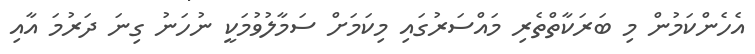
އެހެންކަމުން މި ބަރަކާތްތެރި މައްސަރުގައި މިކަމަށް ސަމާލުވުމަކީ ނުހަނު ގިނަ ދަރުމަ އާއި